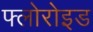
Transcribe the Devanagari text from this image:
फ्लोरोइड